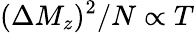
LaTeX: (\Delta M_{z})^{2}/N\propto T